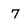
Character: 7